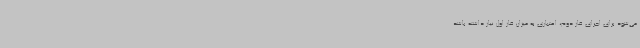
می‌شود برای اجرای فاز دوم، اعتباری به میزان فاز اول نیاز داشته باشد